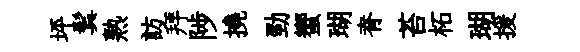
坪鬂熟訪拜陟撓勁蠁瑚脊苔柘瑚援